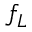
f _ { L }